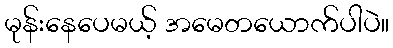
မုန်းနေပေမယ့် အမေတယောက်ပါပဲ။